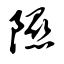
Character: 隰